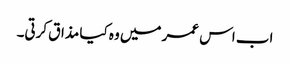
اب اس عمر میں وہ کیا مذاق کرتی۔